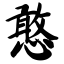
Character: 憨